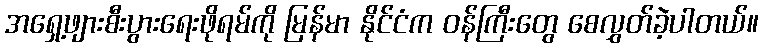
အရှေ့ဖျားစီးပွားရေးဖိုရမ်ကို မြန်မာ နိုင်ငံက ဝန်ကြီးတွေ စေလွှတ်ခဲ့ပါတယ်။